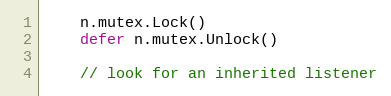
Language: Go
	n.mutex.Lock()
	defer n.mutex.Unlock()

	// look for an inherited listener